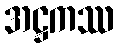
အဋ္ဌကဿ